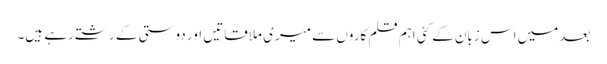
بعد میں اس زبان کے کئی اہم قلم کاروں سے میری ملاقاتیں اور دوستی کے رشتے رہے ہیں۔